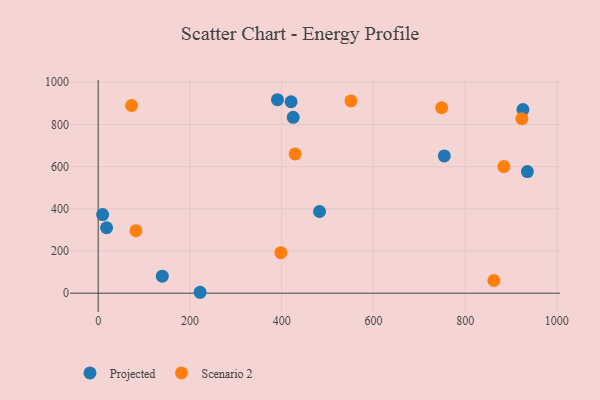
{"axis": {"x": "Study Hours", "y": "Demand"}, "legend": ["Projected", "Scenario 2"], "data": [{"x": "935.7", "y": 576.8, "type": "Projected"}, {"x": "139.8", "y": 80.7, "type": "Projected"}, {"x": "482.6", "y": 387.4, "type": "Projected"}, {"x": "420.6", "y": 907.5, "type": "Projected"}, {"x": "390.9", "y": 917.2, "type": "Projected"}, {"x": "222.2", "y": 4.4, "type": "Projected"}, {"x": "18.3", "y": 310.3, "type": "Projected"}, {"x": "425.2", "y": 833.9, "type": "Projected"}, {"x": "9.7", "y": 372.7, "type": "Projected"}, {"x": "926.0", "y": 870.5, "type": "Projected"}, {"x": "754.6", "y": 650.8, "type": "Projected"}, {"x": "923.6", "y": 827.4, "type": "Scenario 2"}, {"x": "862.7", "y": 60.2, "type": "Scenario 2"}, {"x": "884.5", "y": 600.5, "type": "Scenario 2"}, {"x": "551.0", "y": 911.3, "type": "Scenario 2"}, {"x": "82.4", "y": 296.1, "type": "Scenario 2"}, {"x": "429.5", "y": 660.4, "type": "Scenario 2"}, {"x": "398.3", "y": 191.9, "type": "Scenario 2"}, {"x": "72.8", "y": 889.8, "type": "Scenario 2"}, {"x": "748.9", "y": 879.1, "type": "Scenario 2"}]}